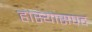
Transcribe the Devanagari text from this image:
हास्यासपद